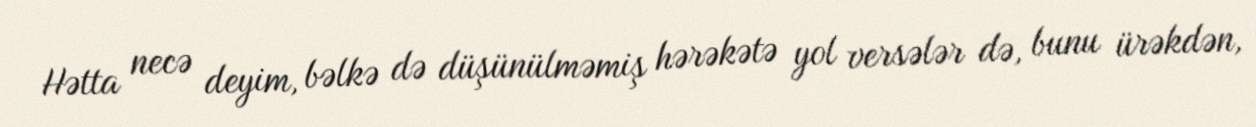
Hətta necə deyim, bəlkə də düşünülməmiş hərəkətə yol versələr də, bunu ürəkdən,